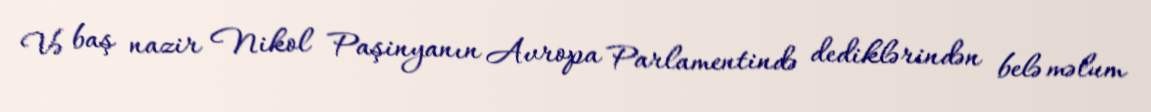
Və baş nazir Nikol Paşinyanın Avropa Parlamentində dediklərindən belə məlum